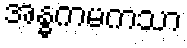
အန္ဓကမကသာ